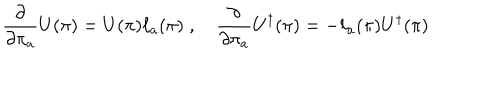
LaTeX: \frac { \partial } { \partial \pi _ { a } } U ( \pi ) = U ( \pi ) \ell _ { a } ( \pi ) \; , \quad \frac { \partial } { \partial \pi _ { a } } U ^ { \dagger } ( \pi ) = - \ell _ { a } ( \pi ) U ^ { \dagger } ( \pi )